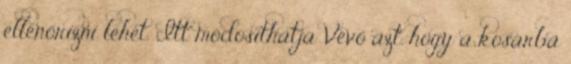
ellenőrizni lehet. Itt módosíthatja Vevő azt, hogy a kosárba